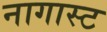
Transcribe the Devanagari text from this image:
नागास्ट